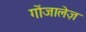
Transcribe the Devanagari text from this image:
गोंजालेज़